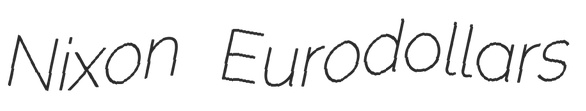
Nixon Eurodollars